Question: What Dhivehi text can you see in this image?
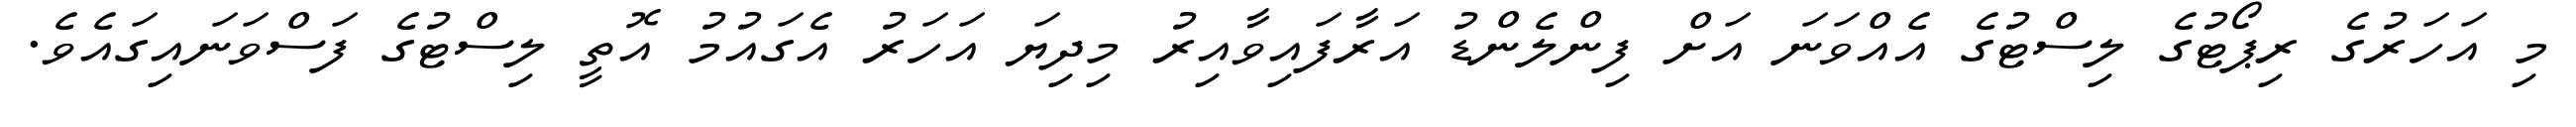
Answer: މި އަހަރުގެ ރިޕޯޓުގެ ލިސްޓުގެ އެއްވަނަ އަށް ފިންލެންޑު އަރާފައިވާއިރު މިދިޔަ އަހަރު އެގައުމު އޮތީ ލިސްޓުގެ ފަސްވަނައިގައެވެ.